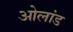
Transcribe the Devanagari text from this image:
ओलांड